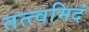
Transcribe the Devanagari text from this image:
तत्त्वमिदं